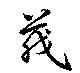
茂